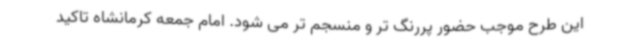
این طرح موجب حضور پررنگ تر و منسجم تر می شود. امام جمعه کرمانشاه تاکید